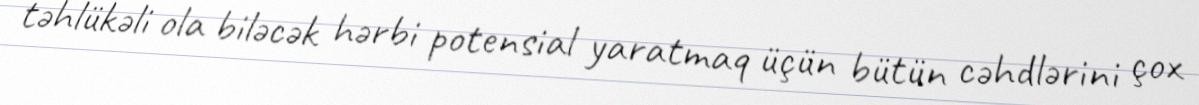
təhlükəli ola biləcək hərbi potensial yaratmaq üçün bütün cəhdlərini çox